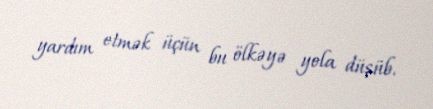
yardım etmək üçün bu ölkəyə yola düşüb.